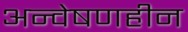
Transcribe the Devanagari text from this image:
अन्वेषणहीन